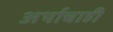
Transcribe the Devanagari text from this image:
अर्थाचाही